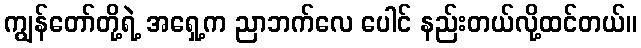
ကျွန်တော်တို့ရဲ့ အရှေ့က ညာဘက်လေ ပေါင် နည်းတယ်လို့ထင်တယ်။